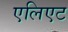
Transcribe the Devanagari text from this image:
एलिएट